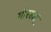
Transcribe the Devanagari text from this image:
गोरखा़